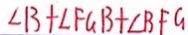
\angle B + \angle F G B + \angle B F G